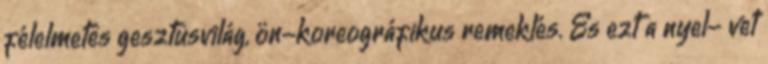
félelmetes gesztusvilág, ön-koreográfikus remeklés. És ezt a nyel- vet